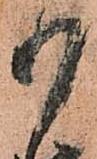
御